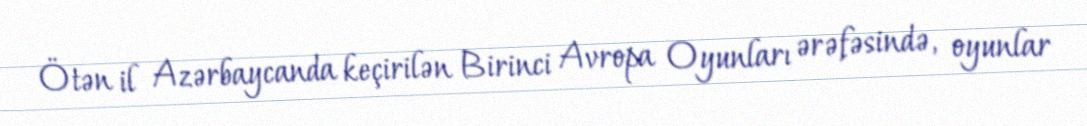
Ötən il Azərbaycanda keçirilən Birinci Avropa Oyunları ərəfəsində, oyunlar